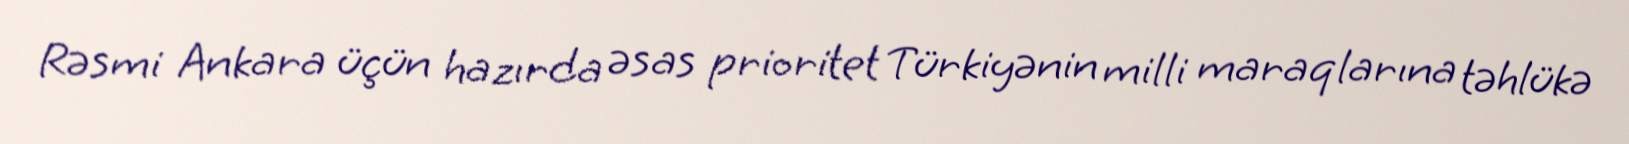
Rəsmi Ankara üçün hazırda əsas prioritet Türkiyənin milli maraqlarına təhlükə